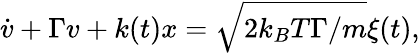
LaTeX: \dot{v}+\Gamma v+k(t)x=\sqrt{2k_{B}T\Gamma/m}\xi(t),